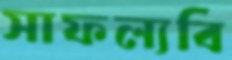
সাফল্যবি